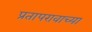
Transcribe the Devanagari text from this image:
प्रतापरावाच्या